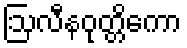
ဩလီနဝုတ္တိကော